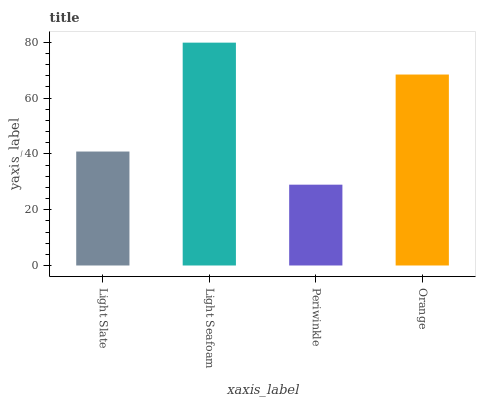
| xaxis_label | bars |
 | --- | --- |
 | Light Slate | 40.9 |
 | Light Seafoam | 79.9 |
 | Periwinkle | 29 |
 | Orange | 68.5 |